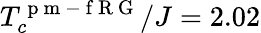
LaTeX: T_{c}^{\mathrm{~p~m~-~f~R~G~}}/J=2.02